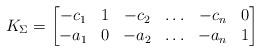
LaTeX: \begin{align*}K_{\Sigma} = \begin{bmatrix} -c_1 & 1 & -c_2 & \hdots & -c_n & 0 \\ -a_1 & 0 & -a_2 & \hdots & -a_n & 1 \end{bmatrix} \end{align*}